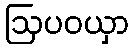
ဩပဝယှာ